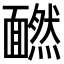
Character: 𩉄